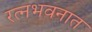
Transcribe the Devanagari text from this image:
रत्‍नभवनात